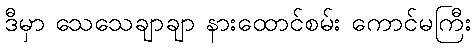
ဒီမှာ သေသေချာချာ နားထောင်စမ်း ကောင်မကြီး